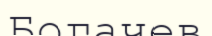
Богачев